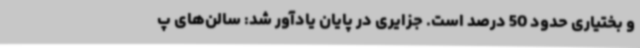
و بختیاری حدود 50 درصد است. جزایری در پایان یادآور شد: سالن‌های پ